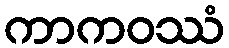
ကာကဝဿံ